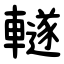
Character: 䡵